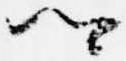
卿